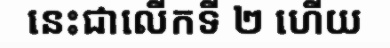
នេះជាលើកទី ២ ហើយ